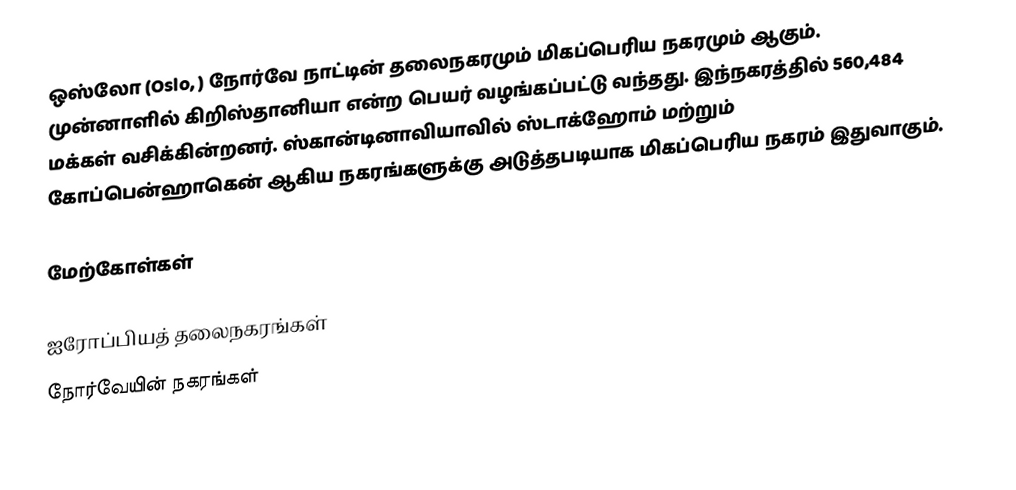
ஒஸ்லோ (Oslo, ) நோர்வே நாட்டின் தலைநகரமும் மிகப்பெரிய நகரமும் ஆகும். முன்னாளில் கிறிஸ்தானியா என்ற பெயர் வழங்கப்பட்டு வந்தது. இந்நகரத்தில் 560,484 மக்கள் வசிக்கின்றனர். ஸ்கான்டினாவியாவில் ஸ்டாக்ஹோம் மற்றும் கோப்பென்ஹாகென் ஆகிய நகரங்களுக்கு அடுத்தபடியாக மிகப்பெரிய நகரம் இதுவாகும்.

மேற்கோள்கள்

ஐரோப்பியத் தலைநகரங்கள்
நோர்வேயின் நகரங்கள்